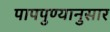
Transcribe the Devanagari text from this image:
पापपुण्यानुसार